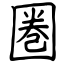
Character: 圏